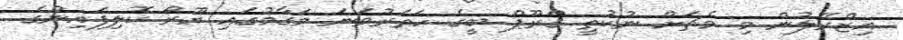
އިޒްރޭލުން މި މެޗަށް ނުކުތީ ގްރޫޕް ބީގެ ހަތަރުވަނަ މަގާމުގައި ޔޫރޯ ކޮލިފައިންގެ